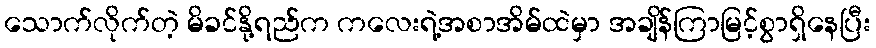
သောက်လိုက်တဲ့ မိခင်နို့ရည်က ကလေးရဲ့အစာအိမ်ထဲမှာ အချိန်ကြာမြင့်စွာရှိနေပြီး